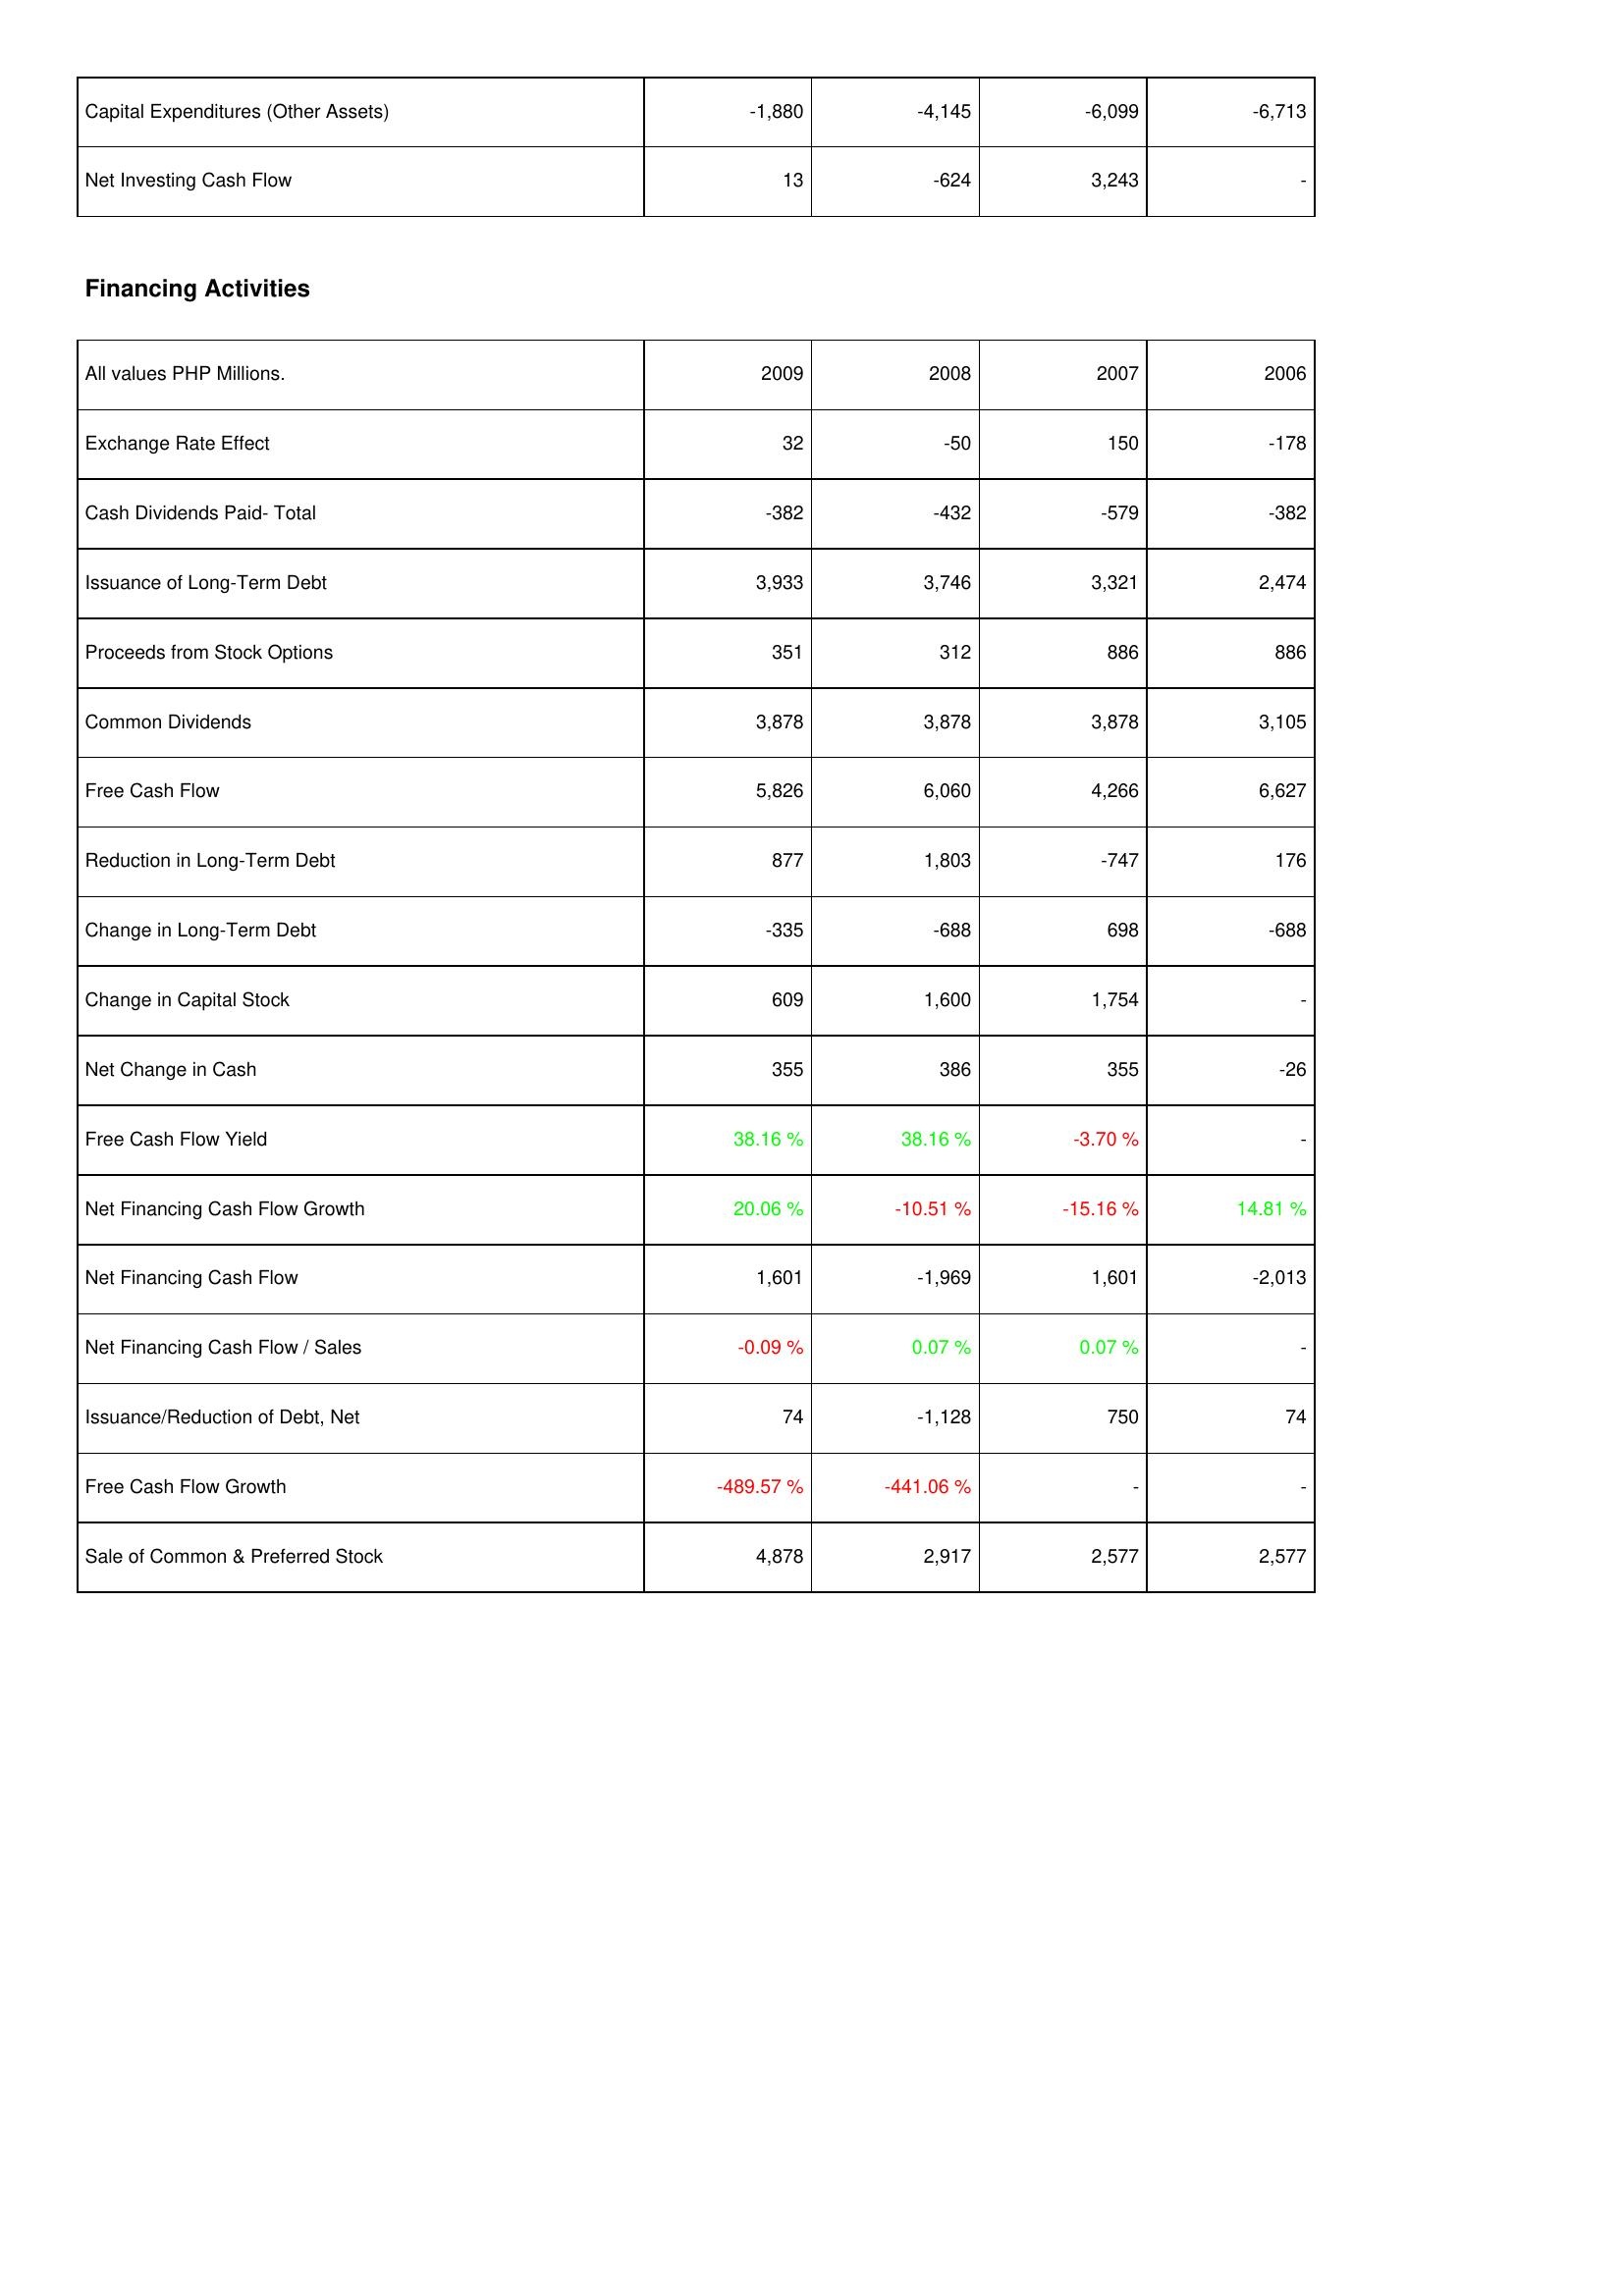
2009: Investing Activities: Capital Expenditures (Other Assets): -1,880
Net Investing Cash Flow: 13
Financing Activities: Exchange Rate Effect: 32
Cash Dividends Paid- Total: -382
Issuance of Long-Term Debt: 3,933
Proceeds from Stock Options: 351
Common Dividends: 3,878
Free Cash Flow: 5,826
Reduction in Long-Term Debt: 877
Change in Long-Term Debt: -335
Change in Capital Stock: 609
Net Change in Cash: 355
Free Cash Flow Yield: 38.16 %
Net Financing Cash Flow Growth: 20.06 %
Net Financing Cash Flow: 1,601
Net Financing Cash Flow / Sales: -0.09 %
Issuance/Reduction of Debt, Net: 74
Free Cash Flow Growth: -489.57 %
Sale of Common & Preferred Stock: 4,878
2008: Investing Activities: Capital Expenditures (Other Assets): -4,145
Net Investing Cash Flow: -624
Financing Activities: Exchange Rate Effect: -50
Cash Dividends Paid- Total: -432
Issuance of Long-Term Debt: 3,746
Proceeds from Stock Options: 312
Common Dividends: 3,878
Free Cash Flow: 6,060
Reduction in Long-Term Debt: 1,803
Change in Long-Term Debt: -688
Change in Capital Stock: 1,600
Net Change in Cash: 386
Free Cash Flow Yield: 38.16 %
Net Financing Cash Flow Growth: -10.51 %
Net Financing Cash Flow: -1,969
Net Financing Cash Flow / Sales: 0.07 %
Issuance/Reduction of Debt, Net: -1,128
Free Cash Flow Growth: -441.06 %
Sale of Common & Preferred Stock: 2,917
2007: Investing Activities: Capital Expenditures (Other Assets): -6,099
Net Investing Cash Flow: 3,243
Financing Activities: Exchange Rate Effect: 150
Cash Dividends Paid- Total: -579
Issuance of Long-Term Debt: 3,321
Proceeds from Stock Options: 886
Common Dividends: 3,878
Free Cash Flow: 4,266
Reduction in Long-Term Debt: -747
Change in Long-Term Debt: 698
Change in Capital Stock: 1,754
Net Change in Cash: 355
Free Cash Flow Yield: -3.70 %
Net Financing Cash Flow Growth: -15.16 %
Net Financing Cash Flow: 1,601
Net Financing Cash Flow / Sales: 0.07 %
Issuance/Reduction of Debt, Net: 750
Free Cash Flow Growth: -
Sale of Common & Preferred Stock: 2,577
2006: Investing Activities: Capital Expenditures (Other Assets): -6,713
Net Investing Cash Flow: -
Financing Activities: Exchange Rate Effect: -178
Cash Dividends Paid- Total: -382
Issuance of Long-Term Debt: 2,474
Proceeds from Stock Options: 886
Common Dividends: 3,105
Free Cash Flow: 6,627
Reduction in Long-Term Debt: 176
Change in Long-Term Debt: -688
Change in Capital Stock: -
Net Change in Cash: -26
Free Cash Flow Yield: -
Net Financing Cash Flow Growth: 14.81 %
Net Financing Cash Flow: -2,013
Net Financing Cash Flow / Sales: -
Issuance/Reduction of Debt, Net: 74
Free Cash Flow Growth: -
Sale of Common & Preferred Stock: 2,577